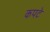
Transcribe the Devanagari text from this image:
कपटे